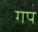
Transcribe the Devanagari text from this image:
गप